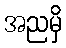
အညမှိ